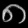
Digit: ၈